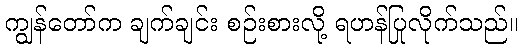
ကျွန်တော်က ချက်ချင်း စဉ်းစားလို့ ရဟန်ပြုလိုက်သည်။